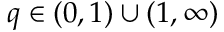
q \in ( 0 , 1 ) \cup ( 1 , \infty )